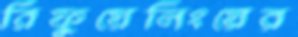
রিফুয়েলিংয়ের